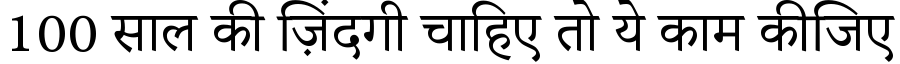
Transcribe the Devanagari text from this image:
100 साल की ज़िंदगी चाहिए तो ये काम कीजिए